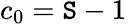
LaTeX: c_{0}=\mathtt{S}-1\,